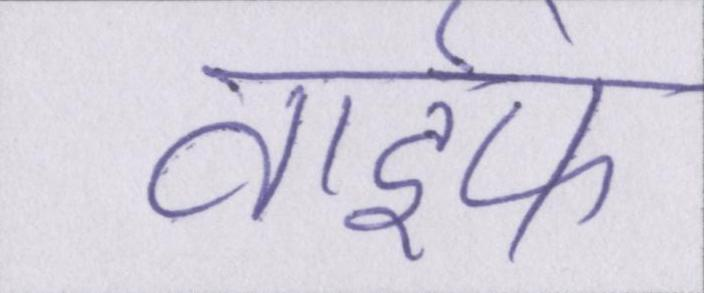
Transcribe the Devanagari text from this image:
वाईफ